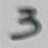
Text: 3